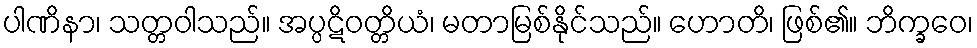
ပါဏိနာ၊ သတ္တဝါသည်။ အပ္ပဋိဝတ္တိယံ၊ မတာမြစ်နိုင်သည်။ ဟောတိ၊ ဖြစ်၏။ ဘိက္ခဝေ၊